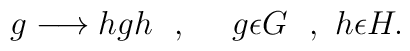
g \longrightarrow hgh \ \ , \ \ \ \ g\epsilon G  \ \ , \ h \epsilon H.